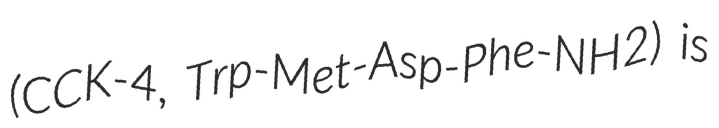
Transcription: (CCK-4, Trp-Met-Asp-Phe-NH2) is